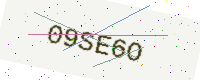
Text: 09SE6O